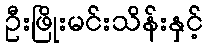
ဦးဖြိုးမင်းသိန်းနှင့်